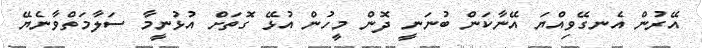
އޭރުން އެނގޭވިއްޔަ އޭނާކަން ބުނަނީ ދޮން މީހުން އުޅޭ ގޮތަށް އުޅުނީމާ ސަލާމަތްވާނެޔޭ